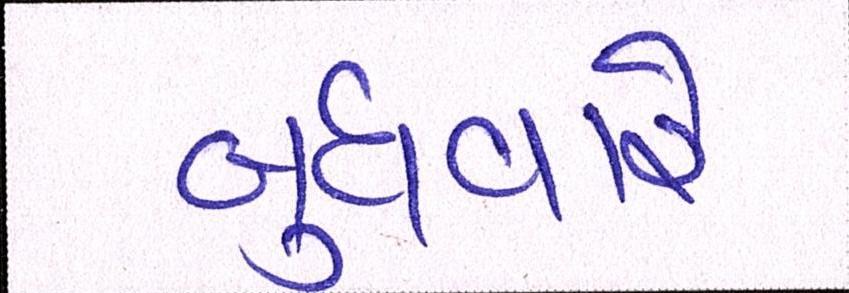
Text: બુધવારે